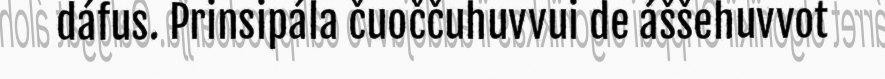
dáfus. Prinsipála čuoččuhuvvui de áššehuvvot